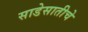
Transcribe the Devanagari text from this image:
साडेसातीचे